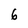
Character: 6